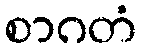
စာဂတံ